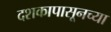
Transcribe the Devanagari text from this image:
दशकापासूनच्या